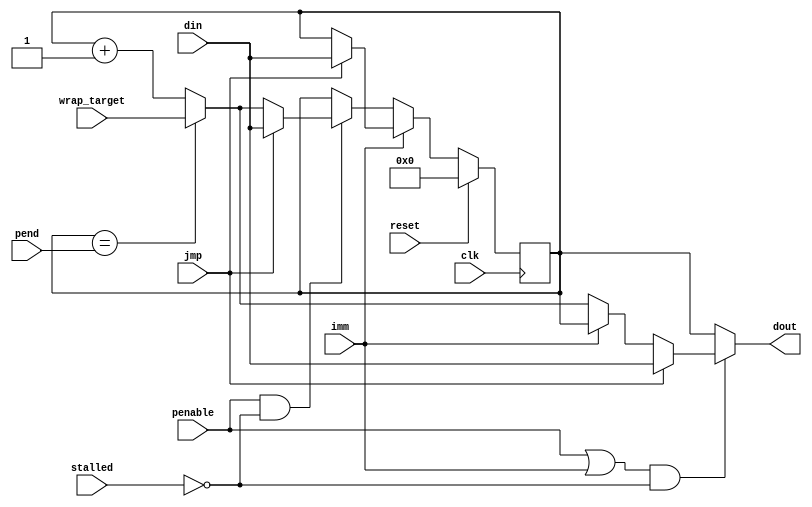
module pio_pc (
  input        clk,
  input        penable,
  input        reset,
  input [4:0]  din,
  input        jmp,
  input [4:0]  pend,
  input        stalled,
  input [4:0]  wrap_target,
  input        imm,
  output [4:0] dout
);

  reg [4:0] index = 0;

  assign dout = ((penable || imm) && !stalled) ?
        (jmp ?
          din // PC will get jmp target, even if IMM
          : imm ?
              index  // PC does not increment if it's an IMM and not a JMP
              : (index == pend) ? wrap_target : index + 1)
        : index;

  always @(posedge clk) begin
    if (reset)
      index <= 0;
    else if (imm) begin
      if (jmp)
        index <= din;
    end else if (penable && !stalled) begin
      if (jmp)
        index <= din;
      else
        index <= index == pend ? wrap_target : index + 1;
    end
  end

endmodule